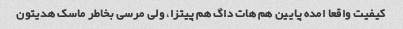
کیفیت واقعا امده پایین هم هات داگ هم پیتزا، ولی مرسی بخاطر ماسک هدیتون